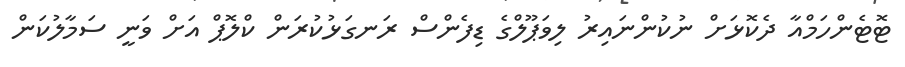
ޓޮޓެންހަމްއާ ދެކޮޅަށް ނުކުންނައިރު ލިވަޕޫލްގެ ޑިފެންސް ރަނގަޅުކުރަން ކްލޮޕް އަށް ވަނީ ސަމާލުކަން